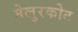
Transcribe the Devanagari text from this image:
मेलुरकोट